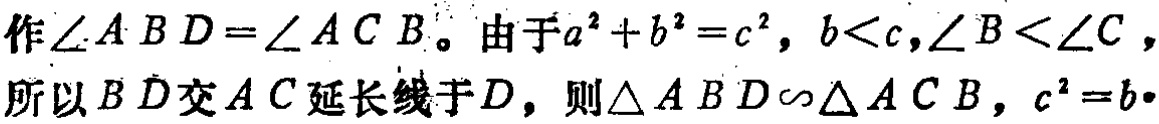
作\(\angle ABD = \angle ACB\)。由于\(a^{2}+b^{2}=c^{2}\)，\(b < c\)，\(\angle B < \angle C\)，所以\(BD\)交\(AC\)延长线于\(D\)，则\(\triangle ABD\sim\triangle ACB\)，\(c^{2}=b\cdot\)